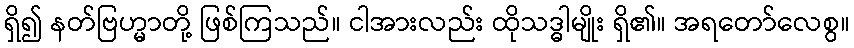
ရှိ၍ နတ်ဗြဟ္မာတို့ ဖြစ်ကြသည်။ ငါအားလည်း ထိုသဒ္ဓါမျိုး ရှိ၏။ အရတော်လေစွ။